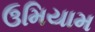
ઉમિયામ